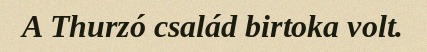
A Thurzó család birtoka volt.